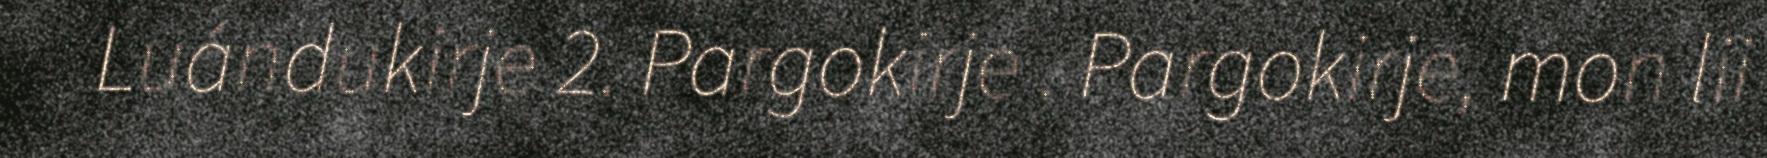
Luándukirje 2. Pargokirje . Pargokirje, mon lii